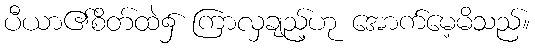
ပီယာ၏စိတ်ထဲ၌ ကြာလှချည့်ဟု အောက်မေ့မိသည်။